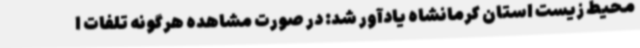
محیط زیست استان کرمانشاه یادآور شد: در صورت مشاهده هرگونه تلفات ا